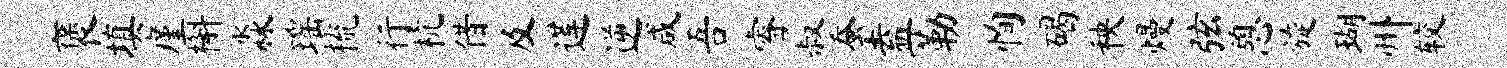
褒填廑槲淼瑶梳行杭借及莲逆咸吾睿叔蚕盍勒恂碣秧熳弦憩旋瑚州较